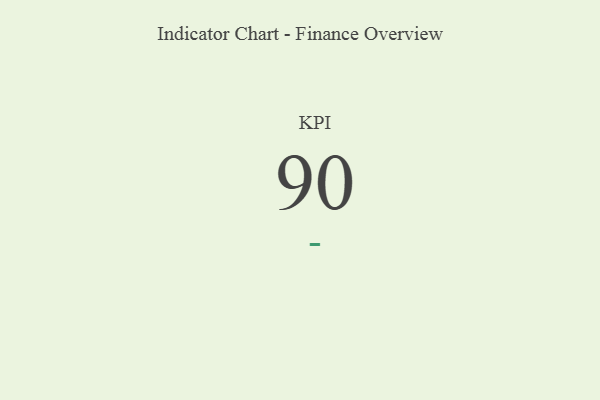
{"axis": {"x": "KPI", "y": "Value"}, "legend": [""], "data": [{"x": "KPI", "y": 90, "type": ""}]}